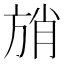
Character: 𰕩